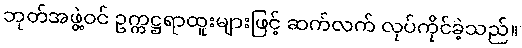
ဘုတ်အဖွဲ့ဝင် ဥက္ကဋ္ဌရာထူးများဖြင့် ဆက်လက် လုပ်ကိုင်ခဲ့သည်။